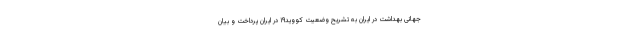
جهانی بهداشت در ایران به تشریح وضعیت کووید۱۹ در ایران پرداخت و بیان